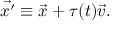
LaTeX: \vec { x ^ { \prime } } \equiv \vec { x } + \tau ( t ) \vec { v } .